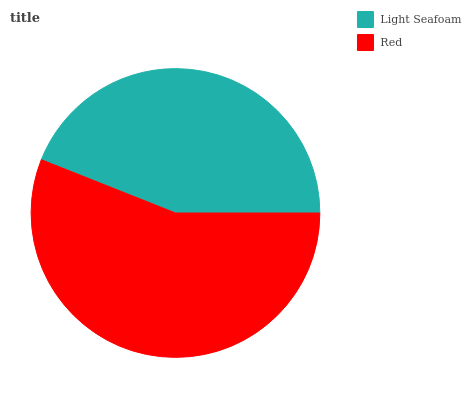
| Light Seafoam | Red |
 | --- | --- |
 | 43.9% | 56.1% |